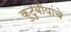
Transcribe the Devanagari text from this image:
कुटुबीयांचे